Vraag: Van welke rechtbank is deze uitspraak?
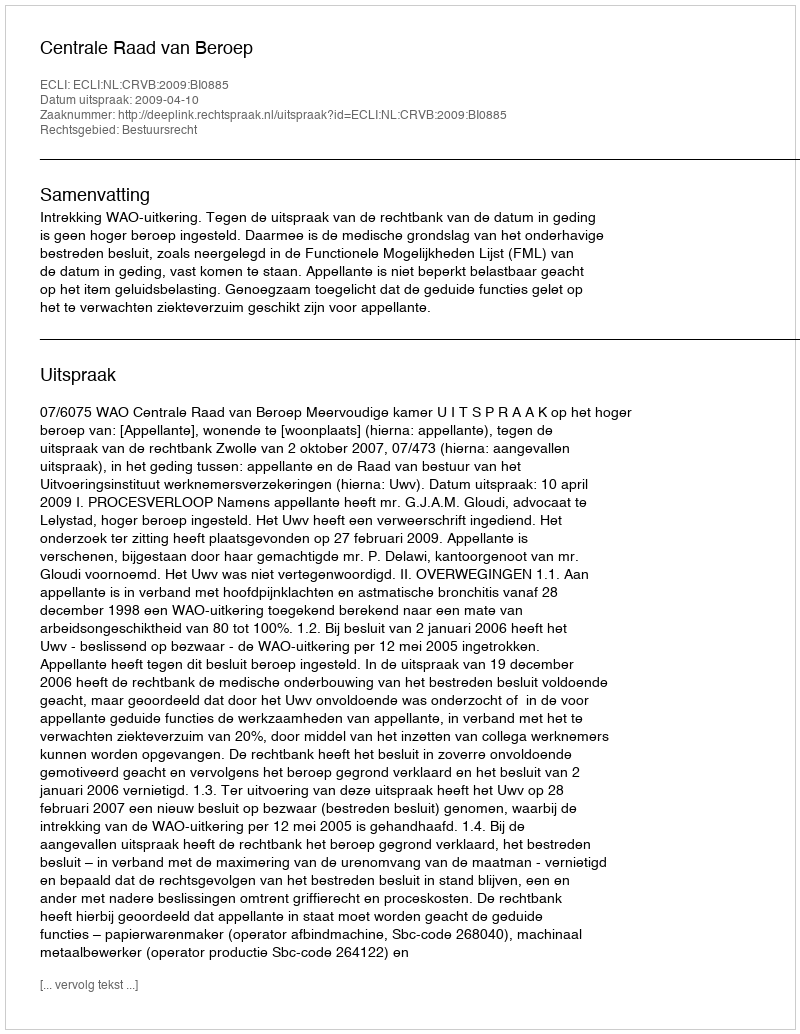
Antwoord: Centrale Raad van Beroep